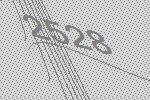
2528